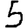
Digit: 5